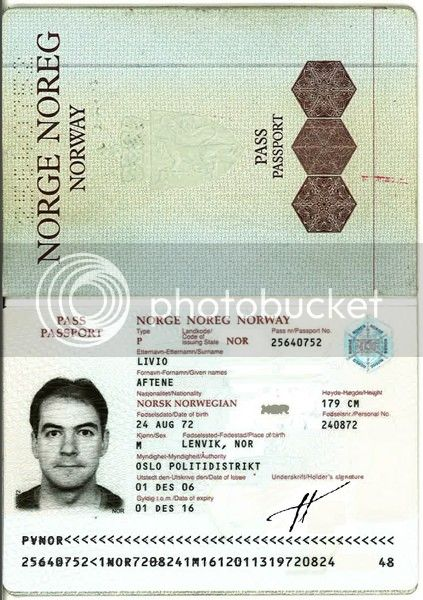
Language: no